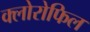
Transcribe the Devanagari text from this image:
क्‍लोरोफिल